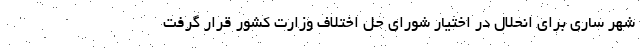
شهر ساری برای انحلال در اختیار شورای حل اختلاف وزارت کشور قرار گرفت